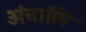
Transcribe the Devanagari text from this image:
अंबालि